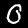
Label: 0